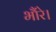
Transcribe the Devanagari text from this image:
भौंरे।